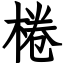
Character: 棬